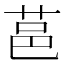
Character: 䓃